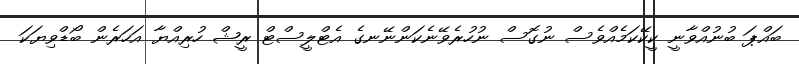
ބައްޕަ ބުނުއްވާނީ ކީކޭކަމެއްވެސް ނުގޮސް ނުހުރެވޭނެކަންނޭނގެ އެޓްލީސްޓް ރީޝް ހުރިއްޔާ އަހަރެން ބޯޑްވިޔަކަ